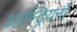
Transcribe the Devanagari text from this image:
आस्ट्रियनों